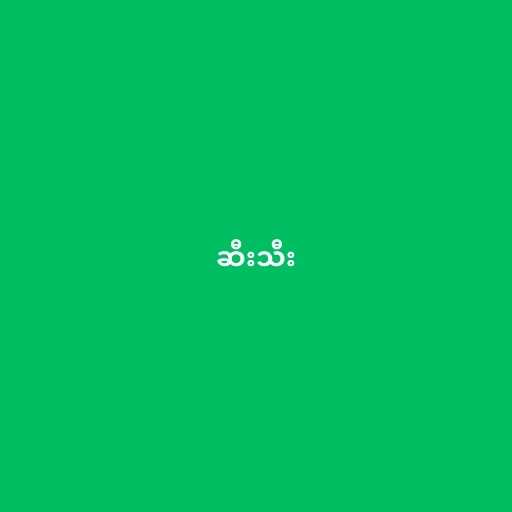
ဆီးသီး